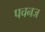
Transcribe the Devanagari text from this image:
पचनज